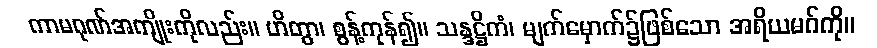
ကာမဂုဏ်အကျိုးကိုလည်း။ ဟိတွာ၊ စွန့်ကုန်၍။ သန္ဒဋ္ဌိကံ၊ မျက်မှောက်၌ဖြစ်သော အရိယမဂ်ကို။